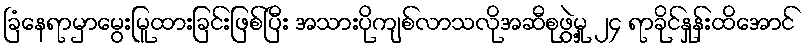
ခြံနေရာမှာမွေးမြူထားခြင်းဖြစ်ပြီး အသားပိုကျစ်လာသလိုအဆီစုဖွဲ့မှု ၂၄ ရာခိုင်နှုန်းထိအောင်